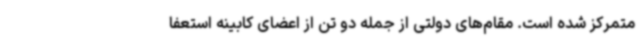
متمرکز شده است. مقام‌های دولتی از جمله دو تن از اعضای کابینه استعفا